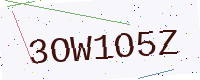
Text: 3OW1O5Z